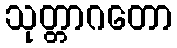
သုတ္တာဂတော